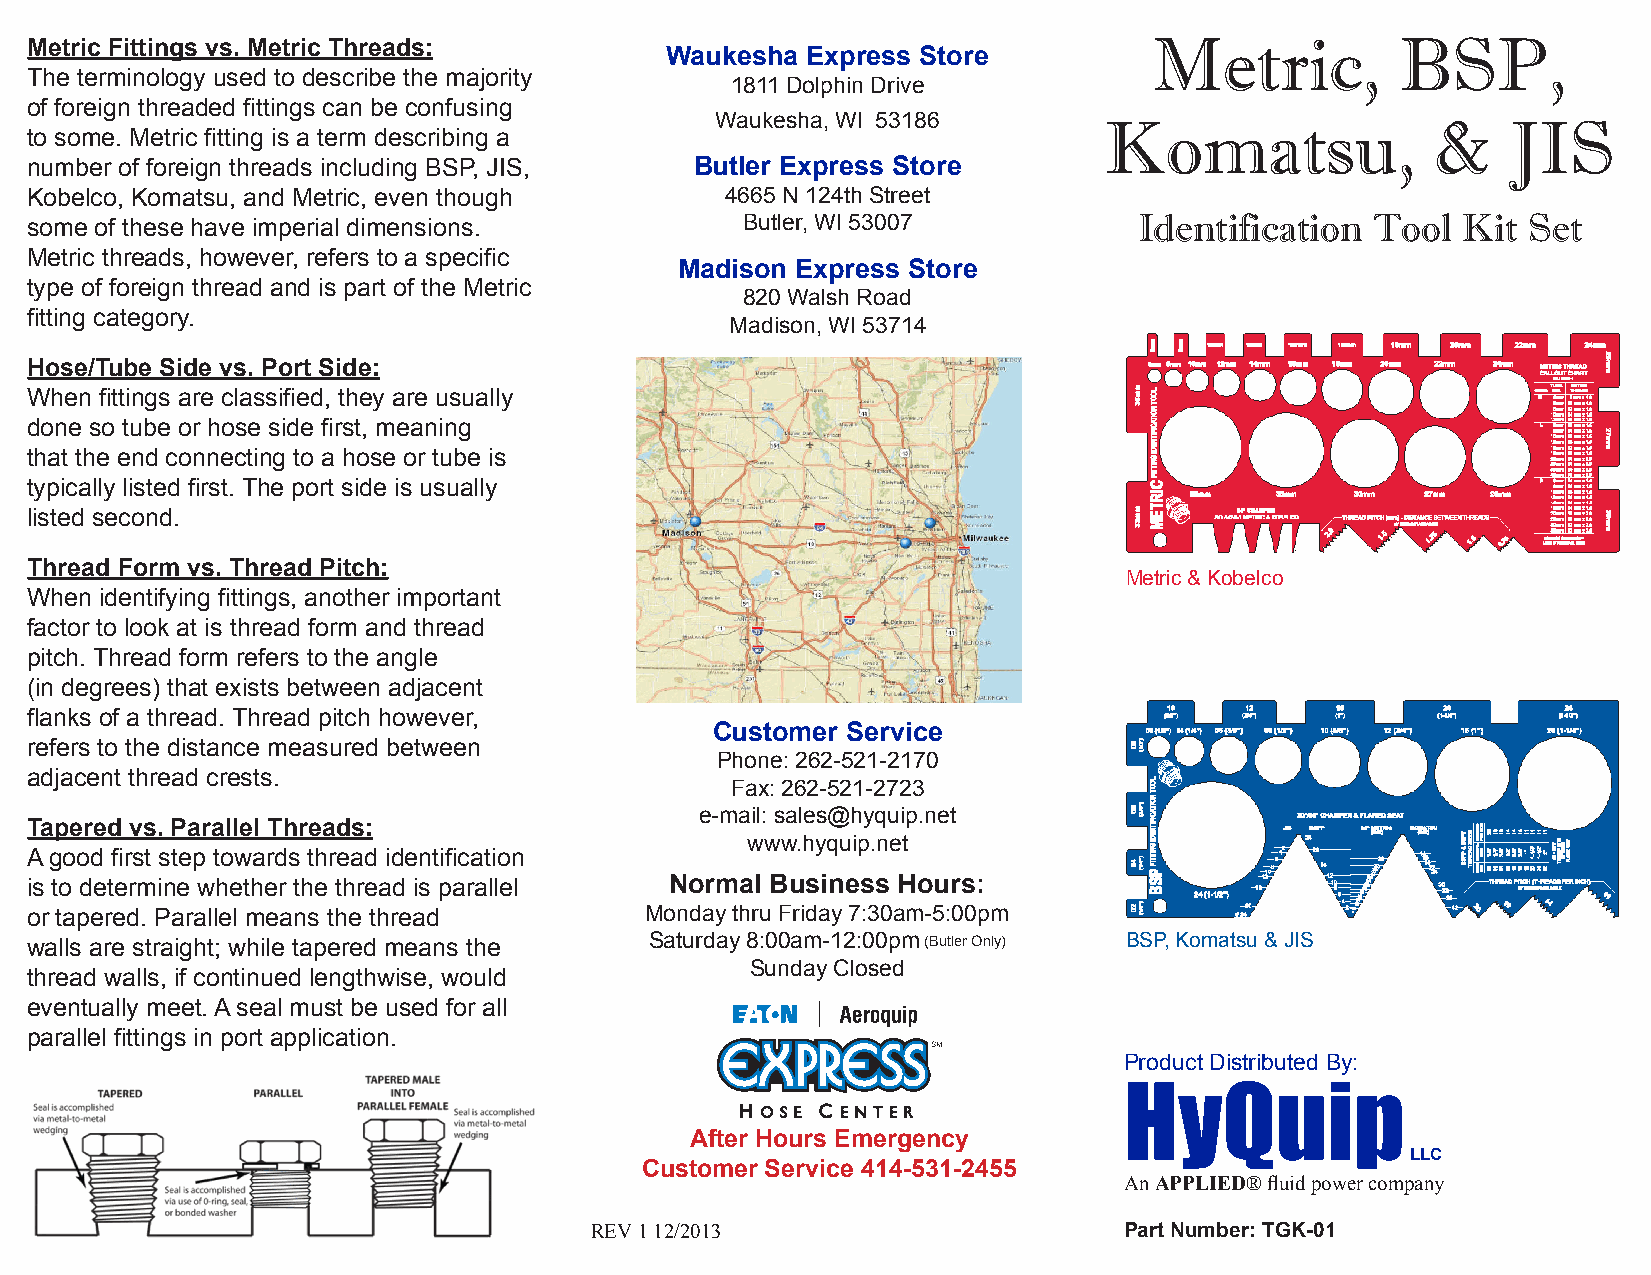
Metric,          BSP,
 Metric Fittings vs. Metric Threads:
 Waukesha Express Store
 The terminology used to describe the majority
 1811 Dolphin Drive
 of foreign threaded fittings can be confusing
 Waukesha, WI 53186        Komatsu,              &    JIS
 to some. Metric fitting is a term describing a
 number of foreign threads including BSP, JIS, Butler Express Store
 Kobelco, Komatsu, and Metric, even though     4665 N 124th Street
 some of these have imperial dimensions.        Butler, WI 53007          Identification  Tool  Kit Set
 Metric threads, however, refers to a specific
 Madison Express Store
 type of foreign thread and is part of the Metric
 820 Walsh Road
 fitting category.
 Madison, WI 53714
 Hose/Tube Side vs. Port Side:
 When fittings are classified, they are usually
 done so tube or hose side first, meaning
 that the end connecting to a hose or tube is
 typically listed first. The port side is usually
 listed second.
 Thread Form vs. Thread Pitch:
 Metric & Kobelco
 When identifying fittings, another important
 factor to look at is thread form and thread
 pitch. Thread form refers to the angle
 (in degrees) that exists between adjacent
 flanks of a thread. Thread pitch however,
 Customer Service
 refers to the distance measured between
 Phone: 262-521-2170
 adjacent thread crests.
 Fax: 262-521-2723
 e-mail: sales@hyquip.net
 Tapered vs. Parallel Threads:
 www.hyquip.net
 A good first step towards thread identification
 is to determine whether the thread is parallel Normal Business Hours:
 or tapered. Parallel means the thread    Monday thru Friday 7:30am-5:00pm
 walls are straight; while tapered means the Saturday 8:00am-12:00pm (Butler Only) BSP, Komatsu & JIS
 Sunday Closed
 thread walls, if continued lengthwise, would
 eventually meet. A seal must be used for all
 parallel fittings in port application.
 Product Distributed By:
 HyQuip
 After Hours Emergency
 LLC
 Customer Service 414-531-2455
 An APPLIED® fluid power company
 REV 1 12/2013                      Part Number: TGK-01